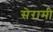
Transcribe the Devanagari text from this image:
सेरामी